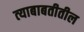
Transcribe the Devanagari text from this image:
त्‍याबाबतीतील